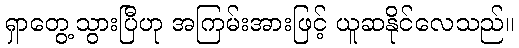
ရှာတွေ့သွားပြီဟု အကြမ်းအားဖြင့် ယူဆနိုင်လေသည်။